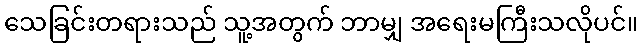
သေခြင်းတရားသည် သူ့အတွက် ဘာမျှ အရေးမကြီးသလိုပင်။